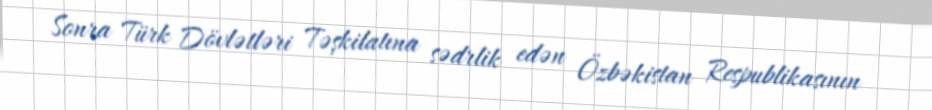
Sonra Türk Dövlətləri Təşkilatına sədrlik edən Özbəkistan Respublikasının